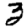
Digit: 3